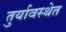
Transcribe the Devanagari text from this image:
तुर्यावस्थेत